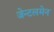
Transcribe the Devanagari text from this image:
जेन्टलमेन